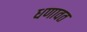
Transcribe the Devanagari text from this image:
धणावत